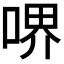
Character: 𠷟